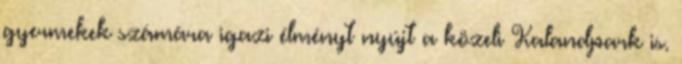
gyermekek számára igazi élményt nyújt a közeli Kalandpark is.